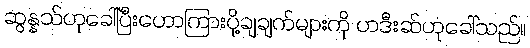
ဆွန္နသ်ဟုခေါ်ပြီးဟောကြားပို့ချချက်များကို ဟဒီးဆ်ဟုခေါ်သည်။